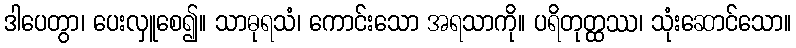
ဒါပေတွာ၊ ပေးလှူစေ၍။ သာဓုရသံ၊ ကောင်းသော အရသာကို။ ပရိတုတ္ထဿ၊ သုံးဆောင်သော။